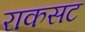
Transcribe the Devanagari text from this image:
राकसट